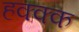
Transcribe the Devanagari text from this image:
हक्क्क